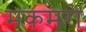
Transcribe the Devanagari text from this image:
मकमरो